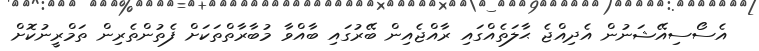
އެސޯސިއޭޝަނުން އެދިއްޖެ ޙާލަތެއްގައި ރާއްޖެއިން ބޭރުގައި ބާއްވާ މުބާރާތްތަކަށް ފެތުންތެރިން ތަމްރީނުކޮށް